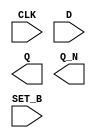
module sky130_fd_sc_hs__dfsbp (
    CLK  ,
    D    ,
    Q    ,
    Q_N  ,
    SET_B
);

    input  CLK  ;
    input  D    ;
    output Q    ;
    output Q_N  ;
    input  SET_B;

    // Voltage supply signals
    supply1 VPWR;
    supply0 VGND;

endmodule